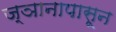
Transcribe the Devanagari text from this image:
ज्ञानापासून